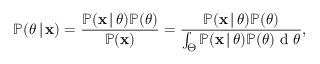
\mathbb { P } ( \theta \, | \, \mathbf { x } ) = \frac { \mathbb { P } ( \mathbf { x } \, | \, \theta ) \mathbb { P } ( \theta ) } { \mathbb { P } ( \mathbf { x } ) } = \frac { \mathbb { P } ( \mathbf { x } \, | \, \theta ) \mathbb { P } ( \theta ) } { \int _ { \Theta } \mathbb { P } ( \mathbf { x } \, | \, \theta ) \mathbb { P } ( \theta ) \mathrm { ~ d ~ } \theta } ,